Jaan_Tonisson_(Lasteleht), lk 484
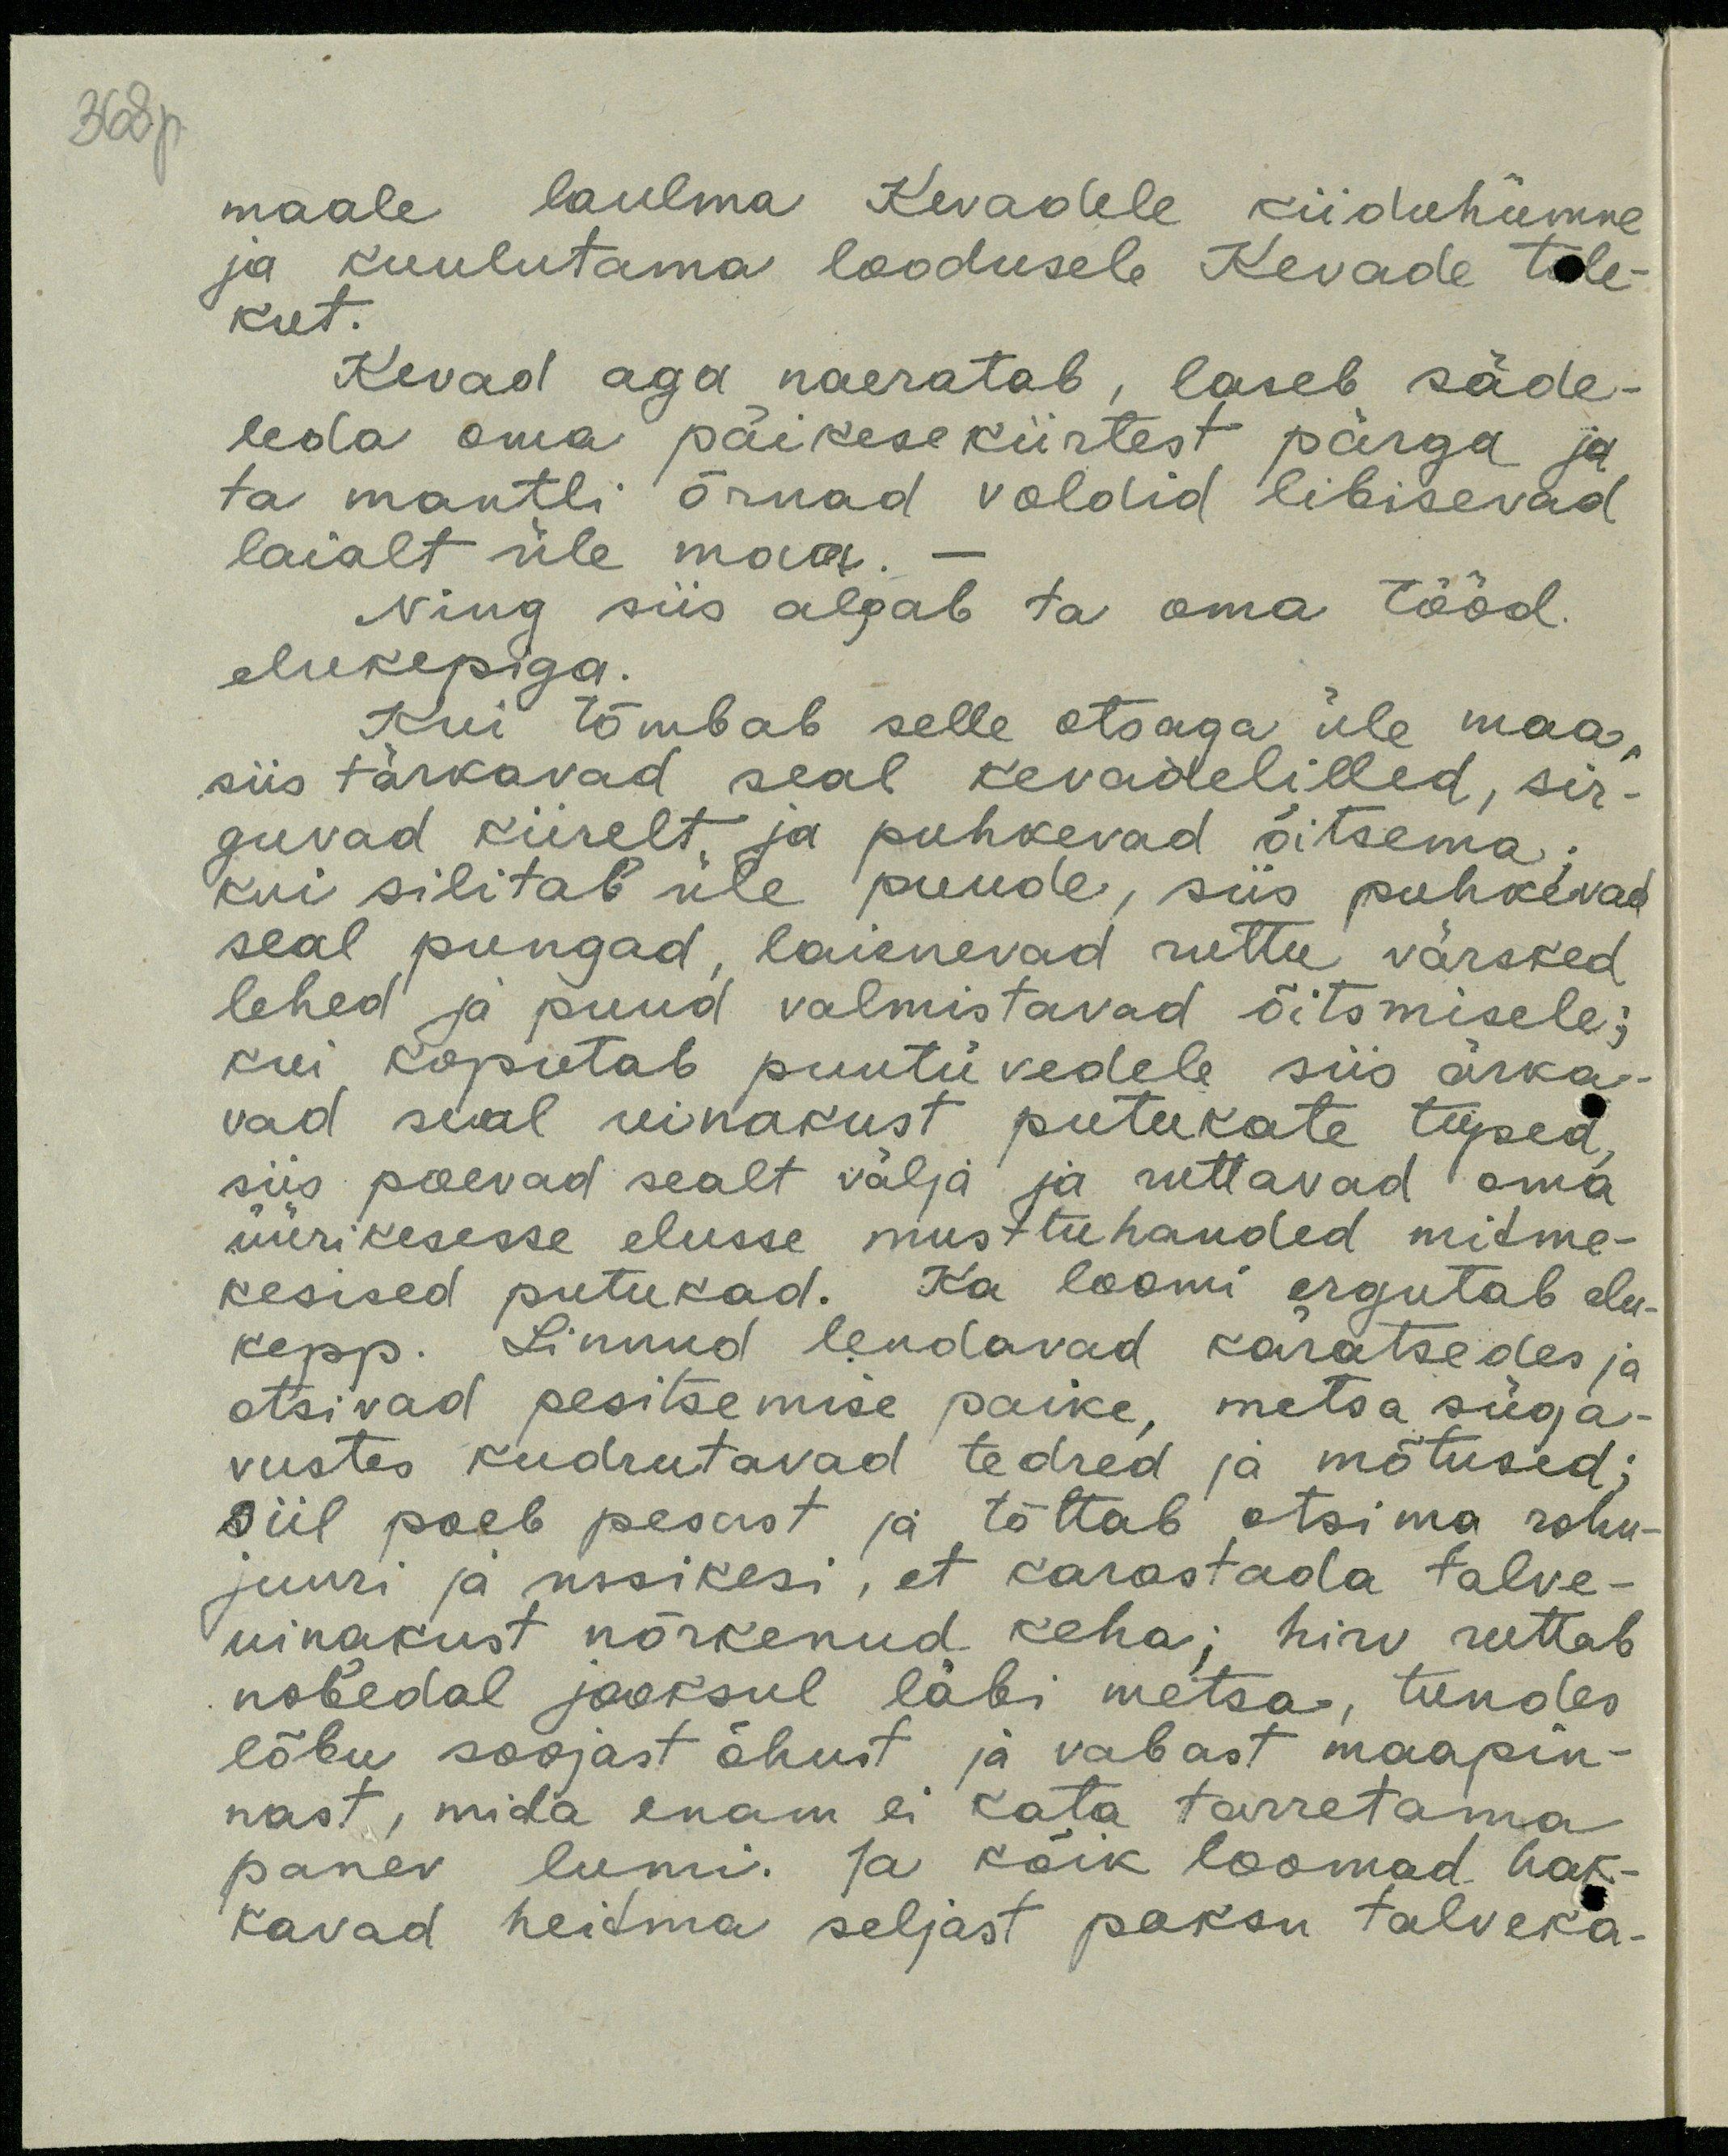
Hdp

maale laulma kevadele kiiduhümne
ja kuulutama loodusele kevade tule-
kut.
Kevad aga naeratab, laseb säde-
leda oma päikesekiirtest pärga ja
ta mantli õrnad voldid libisevad
laialt üle maa.
Ning siis algab ta oma tööd.
elukepiga.
Kui tõmbab selle otsaga üle maa
siis tärkavad seal kevadelilled, sir-
guvad kiirelt ja puhkevad õitsema.
kui silitab üle puude, siis puhkevad
seal pungad, laienevad ruttu värsked
lehed ja puud valmistavad õitsmisele:
kui koputab puutüvedele siis ärka-
vad seal uinakust putukate tuped.
siis poevad sealt välja ja ruttavad oma
üürikesesse elusse musttuhanded mitme-
kesised putukad. Ka loomi ergutab elu-
kepp. Linnud lendavad käratsedes ja
otsivad pesitsemise paike, metsa süga-
vustes kudrutavad tedred ja mõtused:
siil poeb pesast ja tõttab otsima rohu-
juuri ja ussikesi, et karastada talve-
uinakust nõrkenud keha; hirv ruttab
nobedal jooksul läbi metsa, tundes
lõbu soojast õhust ja vabast maapin-
nast, mida enam ei kata tarretama
panev lumi. Ja kõik loomad hak-
kavad heitma seljast paksu talveka-